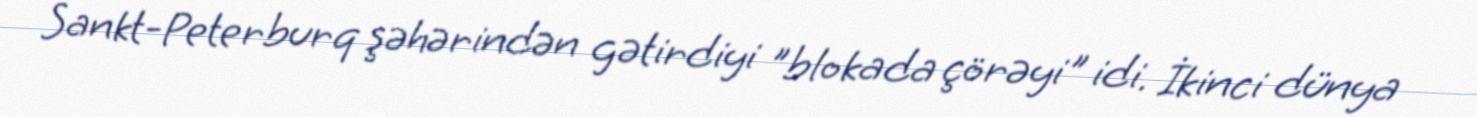
Sankt-Peterburq şəhərindən gətirdiyi "blokada çörəyi" idi. İkinci dünya